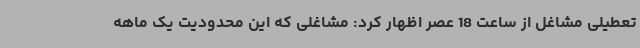
تعطیلی مشاغل از ساعت 18 عصر اظهار کرد: مشاغلی که این محدودیت یک ماهه